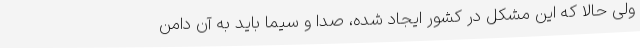
ولی حالا که این مشکل در کشور ایجاد شده، صدا و سیما باید به آن دامن